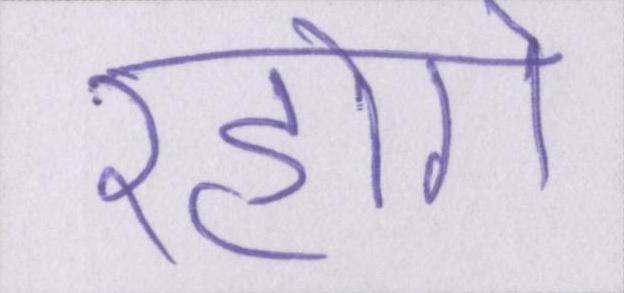
रहोगे